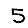
Digit: 5